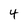
Character: 4